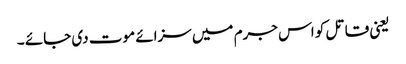
یعنی قاتل کو اس جرم میں سزائے موت دی جائے ۔